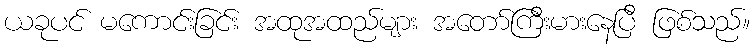
ယခုပင် မကောင်းခြင်း အထုအထည်များ အတော်ကြီးမားနေပြီ ဖြစ်သည်။